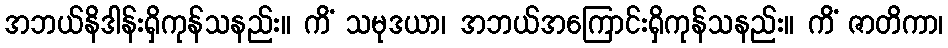
အဘယ်နိဒါန်းရှိကုန်သနည်း။ ကိံ သမုဒယာ၊ အဘယ်အကြောင်းရှိကုန်သနည်း။ ကိံ ဇာတိကာ၊